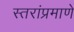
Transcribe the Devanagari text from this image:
स्तरांप्रमाणे